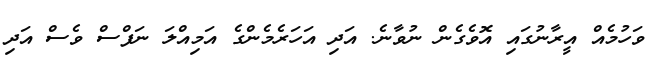
ވަހުމެއް އީރާނުގައި އޮވެގެން ނުވާނެ. އަދި އަހަރެމެންގެ އަމިއްލަ ނަފްސް ވެސް އަދި